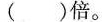
()倍。